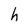
Character: h